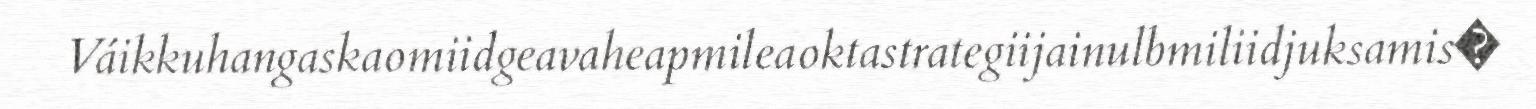
Váikkuhangaskaomiidgeavaheapmileaoktastrategiijainulbmiliidjuksamis�